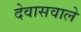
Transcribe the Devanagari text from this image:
देवासवाले